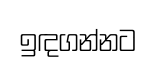
ඉඳගන්නට